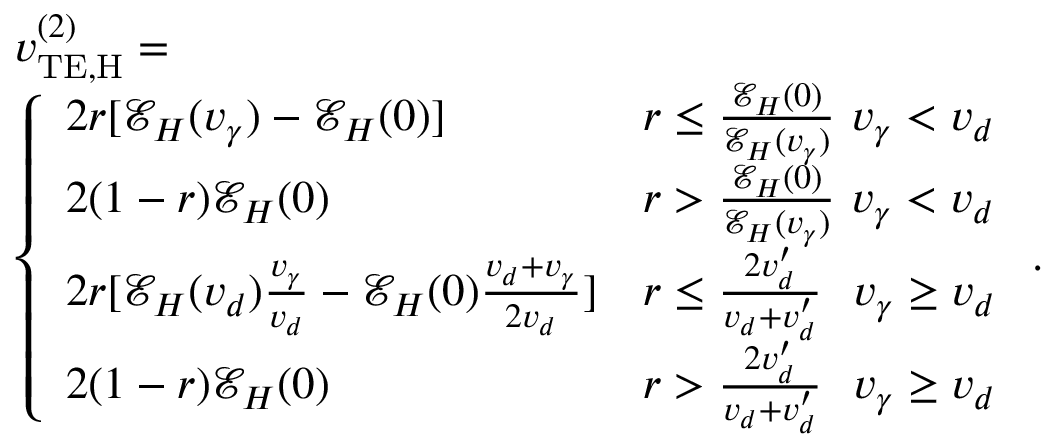
\begin{array} { r l } & { v _ { \mathrm { T E , H } } ^ { ( 2 ) } = } \\ & { \left\{ \begin{array} { l l } { 2 r [ \mathcal { E } _ { H } ( v _ { \gamma } ) - \mathcal { E } _ { H } ( 0 ) ] } & { r \le \frac { \mathcal { E } _ { H } ( 0 ) } { \mathcal { E } _ { H } ( v _ { \gamma } ) } \, \, v _ { \gamma } < v _ { d } } \\ { 2 ( 1 - r ) \mathcal { E } _ { H } ( 0 ) } & { r > \frac { \mathcal { E } _ { H } ( 0 ) } { \mathcal { E } _ { H } ( v _ { \gamma } ) } \, \, v _ { \gamma } < v _ { d } } \\ { 2 r [ \mathcal { E } _ { H } ( v _ { d } ) \frac { v _ { \gamma } } { v _ { d } } - \mathcal { E } _ { H } ( 0 ) \frac { v _ { d } + v _ { \gamma } } { 2 v _ { d } } ] } & { r \le \frac { 2 v _ { d } ^ { \prime } } { v _ { d } + v _ { d } ^ { \prime } } \, \, \, \, v _ { \gamma } \ge v _ { d } } \\ { 2 ( 1 - r ) \mathcal { E } _ { H } ( 0 ) } & { r > \frac { 2 v _ { d } ^ { \prime } } { v _ { d } + v _ { d } ^ { \prime } } \, \, \, \, v _ { \gamma } \ge v _ { d } } \end{array} \right. . } \end{array}